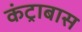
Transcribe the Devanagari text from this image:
कंट्राबास